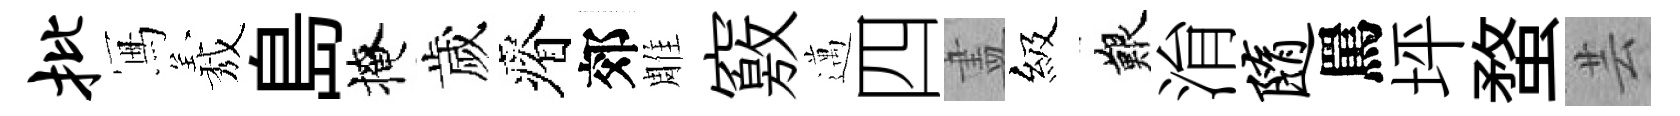
批冩𦏁島掩歲瘠郊雕竅邁四𥁞級艱㳙随罵坪蝥芸